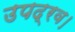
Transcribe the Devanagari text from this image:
उपद्रव।